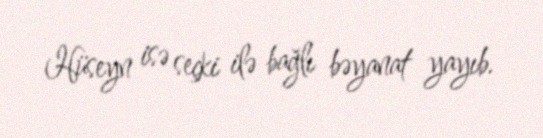
Hüseyn isə seçki ilə bağlı bəyanat yayıb.